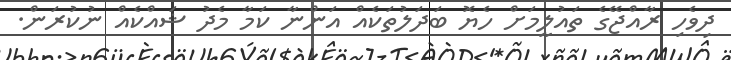
ދިވެހި ރާއްޖޭގެ ތައުލީމަށް ހެޔޮ ބަދަލުތަކެއް އަންނާ ކަމާ މެދު ޝައްކެއް ނުކުރަން.